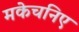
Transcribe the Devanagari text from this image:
मकेचनिए